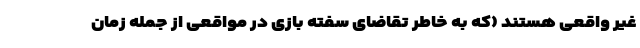
غیر واقعی هستند (که به خاطر تقاضای سفته بازی در مواقعی از جمله زمان